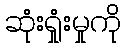
ဆုံးရှုံးမှုကို